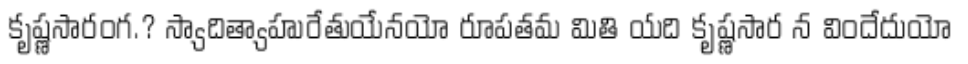
కృష్ణసారంగ.? స్యాదిత్యాహురేతుయేనయో రూపతమ మితి యది కృష్ణసార న విందేదుయో